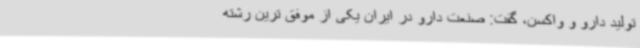
تولید دارو و واکسن،‌ گفت: صنعت دارو در ایران یکی از موفق ترین رشته